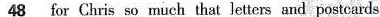
\underline{48}for Chris so much that letters and postcards